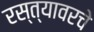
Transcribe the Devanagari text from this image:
रस्त्यावरचे